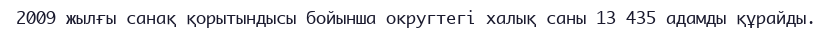
2009 жылғы санақ қорытындысы бойынша округтегі халық саны 13 435 адамды құрайды.